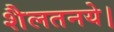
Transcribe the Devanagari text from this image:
शैलतनये।